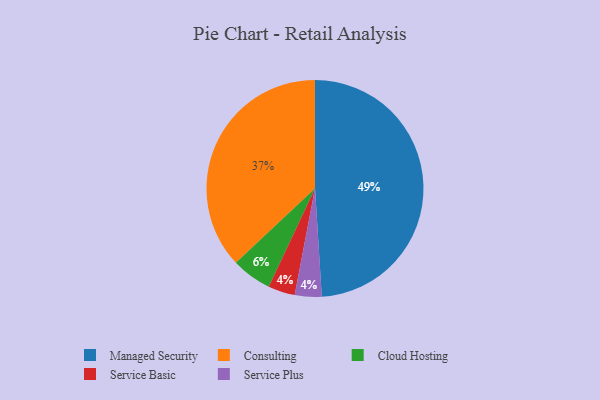
{"axis": {"x": "Category", "y": "Percentage"}, "legend": ["Cloud Hosting", "Consulting", "Managed Security", "Service Basic", "Service Plus"], "data": [{"x": "Consulting", "y": 37, "type": "Consulting"}, {"x": "Service Basic", "y": 4, "type": "Service Basic"}, {"x": "Service Plus", "y": 4, "type": "Service Plus"}, {"x": "Managed Security", "y": 49, "type": "Managed Security"}, {"x": "Cloud Hosting", "y": 6, "type": "Cloud Hosting"}]}